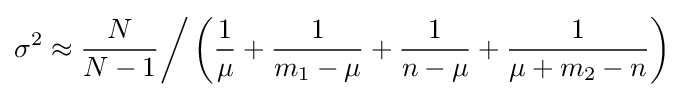
\sigma ^{2}\approx {\frac {N}{N-1}}{\bigg /}\left({\frac {1}{\mu }}+{\frac {1}{m_{1}-\mu }}+{\frac {1}{n-\mu }}+{\frac {1}{\mu +m_{2}-n}}\right)